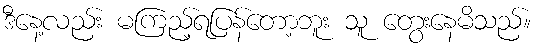
ဒီနေ့လည်း မကြည့်ရပြန်တော့ဘူး သူ တွေးနေမိသည်။